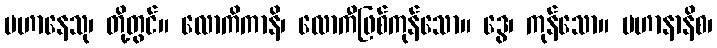
ပဟာနေသု၊ တို့တွင်။ လောကိကာနိ၊ လောကီဖြစ်ကုန်သော။ ဒွေ၊ ကုန်သော။ ပဟာနာနိစ၊